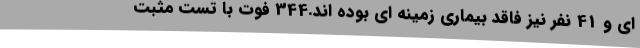
ای و 41 نفر نیز فاقد بیماری زمینه ای بوده اند.344 فوت با تست مثبت